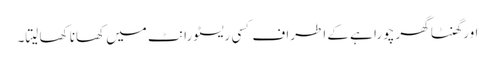
اور گھنٹا گھر چورا ہے کے اطراف کسی ریسٹورانٹ میں کھانا کھا لیتا۔